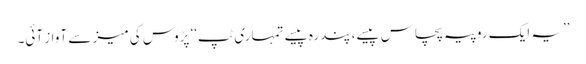
’’یہ ایک روپیہ پچاس پیسے، پندرہ پیسے تمہاری ٹپ‘‘ پڑوس کی میز سے آواز آئی۔